Indian journal of veterinary science and animal husbandry - Volumes 22-23, 1952-1953
Year: 1952
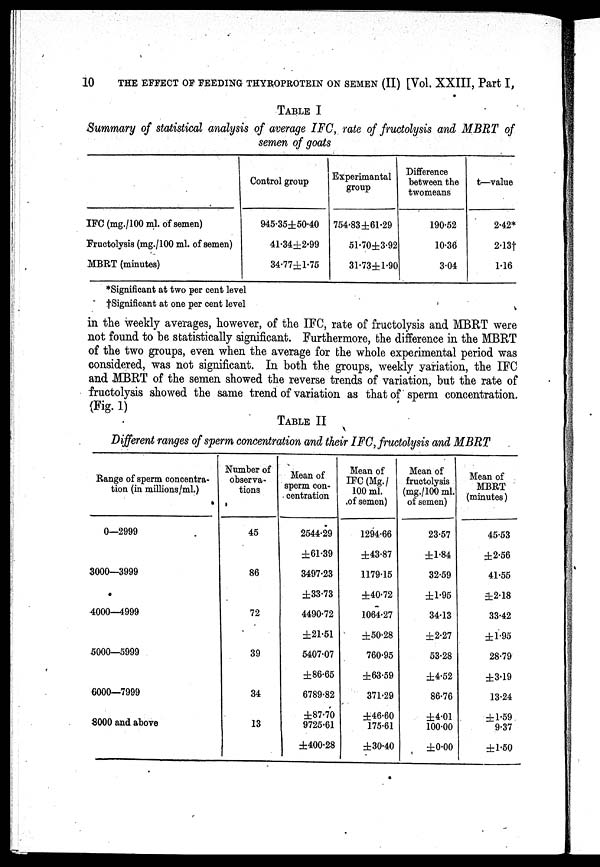
10
THE EFFECT OF FEEDING THYROPROTEIN ON SEMEN (II) [Vol. XXIII, Part I,
TABLE I
Summary of statistical analysis of average IFC, rate of fructolysis and MBRT of
semen of goats
IFC (mg./100 ml. of semen)
Fructolysis (mg./100 ml. of semen)
MBRT (minutes)
Control group
945.35±50.40
41.34±2.99
34.77±1.75
Experimantal
group
754.83±61.29
51.70±3.92
31.73±1.90
Difference
between the
two means
190.52
10.36
3.04
t—value
2.42*
2.13†
1.16
*Significant at two per cent level
†Significant
at one per cent level
in the weekly averages, however, of the IFC, rate of fructolysis and MBRT were
not found to be statistically significant. Furthermore, the difference in the MBRT
of the two groups, even when the average for the whole experimental period was
considered, was not significant. In both the groups, weekly variation, the IFC
and MBRT of the semen showed the reverse trends of variation, but the rate of
fructolysis showed the same trend of variation as that of sperm concentration.
(Fig. 1)
TABLE II
Different ranges of sperm concentration and their IFC, fructolysis and MBRT
Range of sperm concentra-
tion (in millions/ml.)
0—2999
3000—3999
4000—4999
5000—5999
6000—7999
8000 and above
Number of
observa-
tions
45
86
72
39
34
13
Mean of
sperm con-
centration
2544.29
±61.39
3497.23
±33.73
4490.72
±21.51
5407.07
±86.65
6789.82
±87.70
9725.61
±400.28
Mean of
IFC (Mg./
100 ml.
of semen)
1294.66
±43.87
1179.15
±40.72
1064.27
±50.28
760.95
±63.59
371.29
±46.60
175.61
±30.40
Mean of
fructolysis
(mg./100 ml.
of semen)
23.57
±1.84
32.59
±1.95
34.13
±2.27
53.28
±4.52
86.76
±4.01
100.00
±0.00
Mean of
MBRT
(minutes)
45.53
±2.56
41.55
±2.18
33.42
±1.95
28.79
±3.19
13.24
±1.59
9.37
±1.50